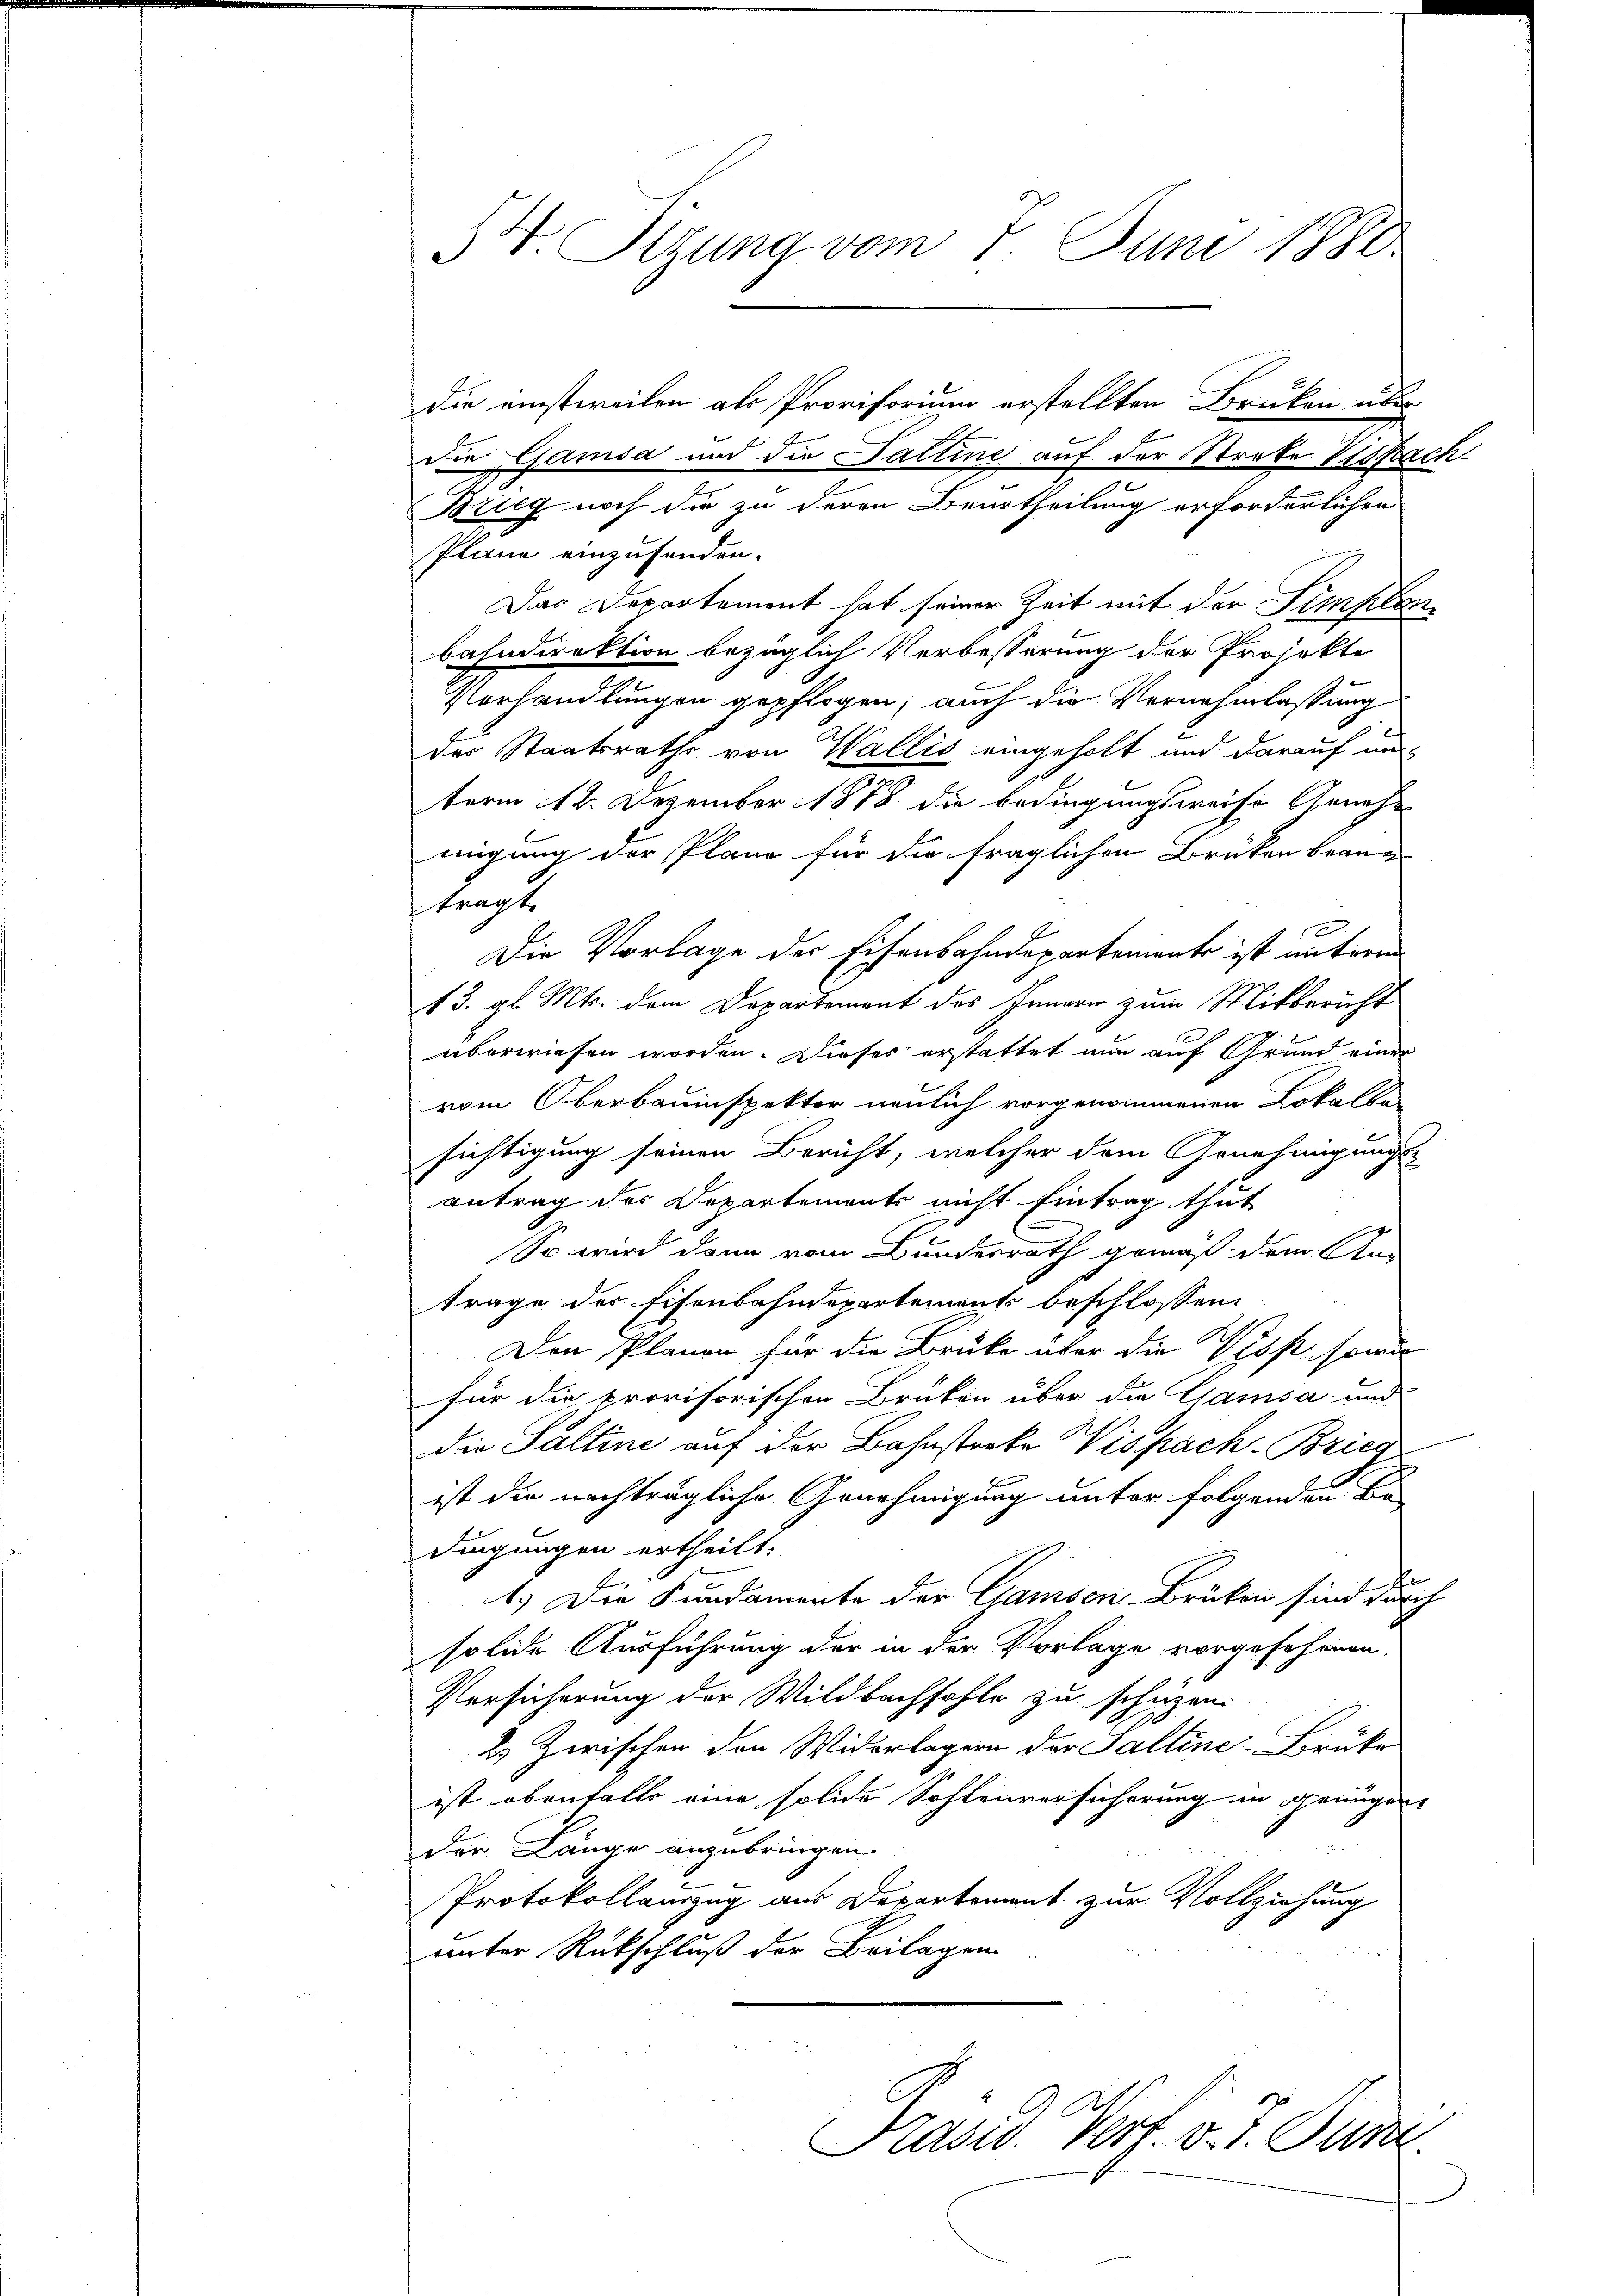
54. Sizung vom 7. Juni 1880

die einstweilen als Provisorium erstellten Bruken über
die Gamsa und die Sattine auf der Streke Visfach
Bzieg noch die zu deren Beurtheilung erforderlichen
Plane einzusenden.
Das Departement hat seiner Zeit mit der Simplen
bahndirektion bezüglich Verbesserung der Projekte
Verhandlungen gepflogen, auch die Vernehmlassung
des Staatsraths von Wallis eingeholt und darauf un
term 12. Dezember 1878 die bedingungsweise Genehmigung der Pläne für die fraglichen Brüken brann
ftragte
Die Vorlage der Eisenbahndepartemente ist unterm
13. gl. Mts. dem Departement des Innern zum Mitbericht
überwiesen worden. Dieses erstattet nun auf Grund einer
vom Oberbauinspektor neulich vorgenommenen Lokalber
sichtigung seinen Bericht, welcher dem Genehmigungs-
antrag des Departements nicht Eintrag thut
So wird dann vom Bundesrath gemäß dem An-
trage des Eisenbahndepartements beschlossen:
Den Planen für die Brüke über die Visp. sowie
für die provisorischen Brüken über die Gamsa und
die Saltine auf der Bahnstreke Vispach Brieg
ist die nachträgliche Genehmigung unter folgenden Be-
dingungen ertheilt.
fe
1.) Die Fundamente der Gamsen-Brüken sind durch
solide Ausführung der in der Vorlage vorgesehenen
Versicherung der Wildbachsohle zu schüzen.
2. Zwischen den Widerlagern der Saltine-Brüke
ist ebenfalls eine solide Sohlenversicherung in genügen
Der Länge anzubringen.
Protokollauszug aus Departement zur Vollziehung
unter Rückschluß der Beilagen

Präsid. Verf. v. J. Jun.